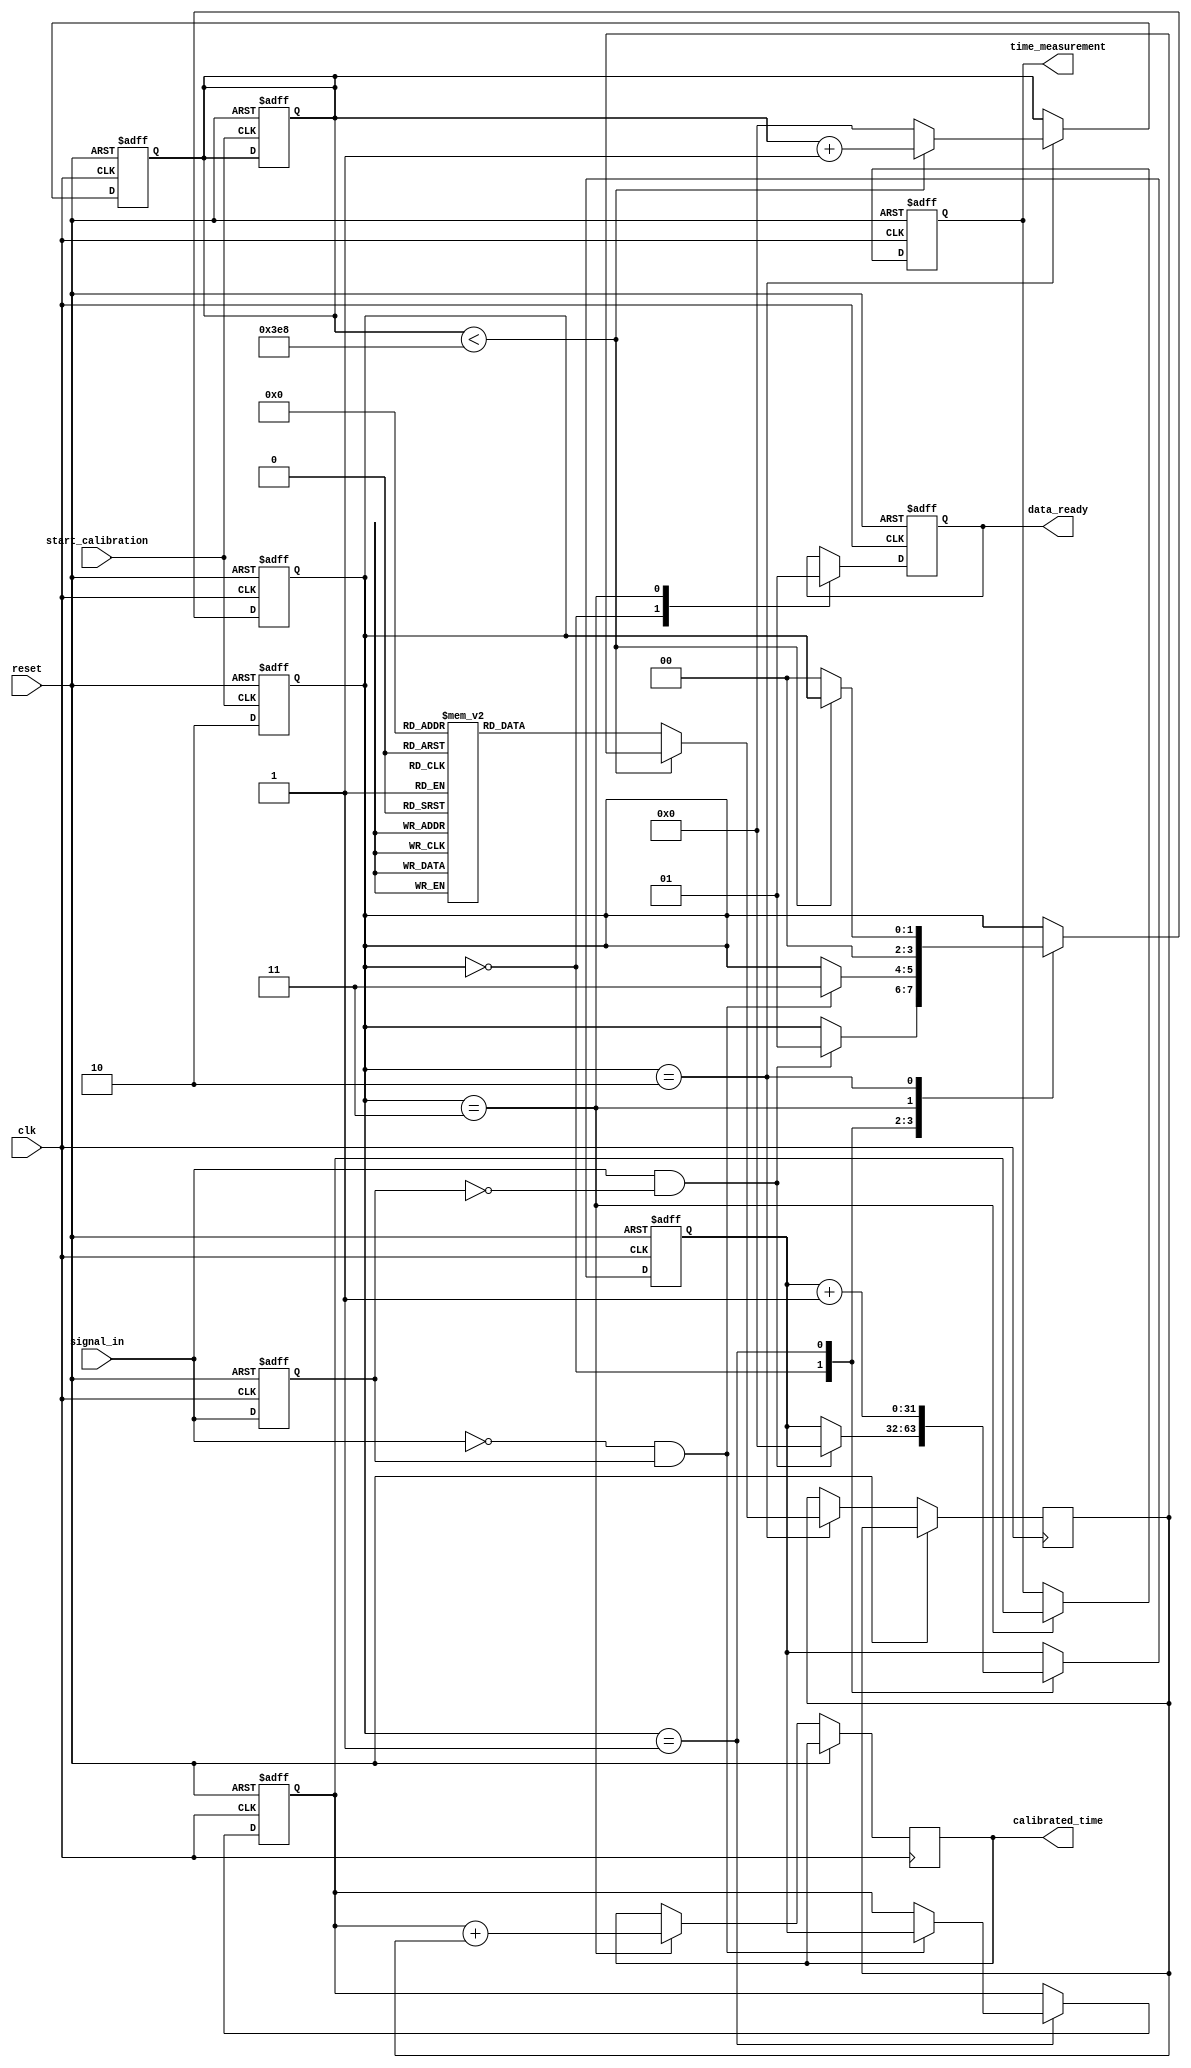
module TDC (
    input wire clk,                // System clock
    input wire reset,              // Reset signal
    input wire signal_in,          // Input signal to measure
    input wire start_calibration,   // Start calibration signal
    output reg [31:0] time_measurement, // Measured time output
    output reg [31:0] calibrated_time,   // Calibrated time output
    output reg data_ready          // Data ready signal for output
);

// Parameters
parameter CLOCK_FREQ = 100e6;   // Clock frequency for the TDC
parameter CALIBRATION_INTERVAL = 1000; // Calibration interval in clock cycles

// Internal signals
reg [31:0] counter;              // High-resolution counter
reg [31:0] calibration_memory[0:15]; // Calibration memory (example size)
reg [31:0] raw_measurement;      // Raw time measurement
reg [31:0] calibration_factor;    // Calibration factor
reg [1:0] state;                 // State machine
reg [31:0] calibration_count;     // Calibration counter

// State definitions
localparam IDLE = 2'b00;
localparam MEASURE = 2'b01;
localparam CALIBRATE = 2'b10;
localparam OUTPUT = 2'b11;

// Edge detection
reg signal_in_prev;
always @(posedge clk or posedge reset) begin
    if (reset) begin
        signal_in_prev <= 1'b0;
    end else begin
        signal_in_prev <= signal_in;
    end
end

// Counter for time measurement
always @(posedge clk or posedge reset) begin
    if (reset) begin
        counter <= 32'b0;
        raw_measurement <= 32'b0;
        time_measurement <= 32'b0;
        data_ready <= 1'b0;
        state <= IDLE;
        calibration_count <= 32'b0;
    end else begin
        case (state)
            IDLE: begin
                data_ready <= 1'b0;
                if (signal_in && !signal_in_prev) begin // Rising edge detected
                    counter <= 32'b0; // Reset counter
                    state <= MEASURE;
                end
            end
            
            MEASURE: begin
                counter <= counter + 1; // Increment counter
                if (!signal_in && signal_in_prev) begin // Falling edge detected
                    raw_measurement <= counter; // Capture measurement
                    state <= OUTPUT;
                end
            end
            
            OUTPUT: begin
                time_measurement <= raw_measurement; // Store raw measurement
                calibrated_time <= raw_measurement + calibration_factor; // Apply calibration
                data_ready <= 1'b1; // Indicate data is ready
                state <= IDLE; // Go back to idle
            end
            
            CALIBRATE: begin
                if (calibration_count < CALIBRATION_INTERVAL) begin
                    calibration_count <= calibration_count + 1;
                end else begin
                    // Update calibration factor based on calibration memory
                    calibration_factor <= calibration_memory[0]; // Example: use first calibration value
                    calibration_count <= 32'b0; // Reset calibration count
                    state <= IDLE; // Return to idle
                end
            end
            
            default: state <= IDLE; // Default state
        endcase
    end
end

// Calibration logic
always @(posedge start_calibration or posedge reset) begin
    if (reset) begin
        calibration_count <= 32'b0;
        state <= IDLE;
    end else begin
        state <= CALIBRATE; // Start calibration
    end
end

endmodule